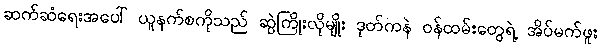
ဆက်ဆံရေးအပေါ် ယူနက်စကိုသည် ဆွဲကြိုးလိုမျိုး ဒုတ်ကနဲ ဝန်ထမ်းတွေရဲ့ အိပ်မက်ဖူး